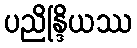
ပညိန္ဒြိယဿ